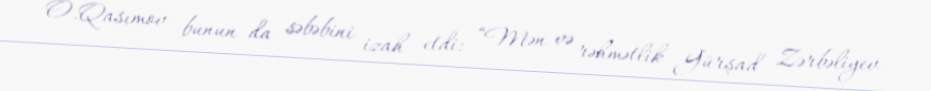
O.Qasımov bunun da səbəbini izah etdi: “Mən və rəhmətlik Gürşad Zərbəliyev